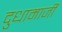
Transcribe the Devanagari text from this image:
दुधामाजीं